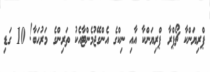
ޕްރިޔަންކާ ޗޯޕްރާ ޕްރިޔަންކާ އާއި ނިކްގެ އެންގޭޖުމެންޓާއެކު ތަރިންގެ މަރުހަބާ! 10 ގަޑި